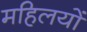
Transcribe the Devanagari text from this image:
महिलयों